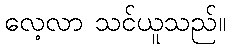
လေ့လာ သင်ယူသည်။